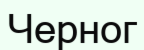
Черног